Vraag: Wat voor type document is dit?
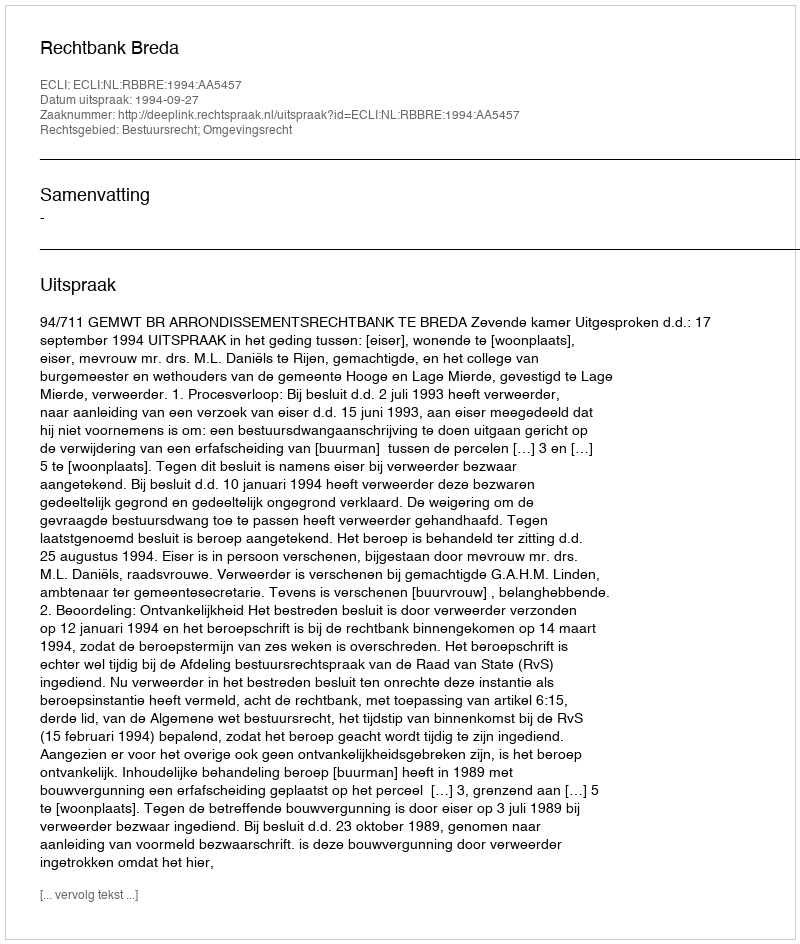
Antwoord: Uitspraak